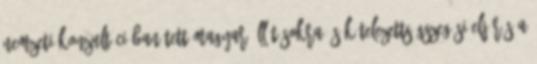
nemzeti konzultációban tett magyar állításokra és kötelezettségszegési eljárás a